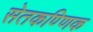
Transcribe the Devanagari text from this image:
सेतकण्णिक